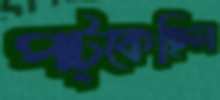
পট্‌কেছিল